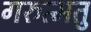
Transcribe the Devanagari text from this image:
गरुत्मतु